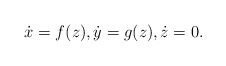
\begin{align*}\dot x =f(z),\dot y=g(z),\dot z=0.\end{align*}